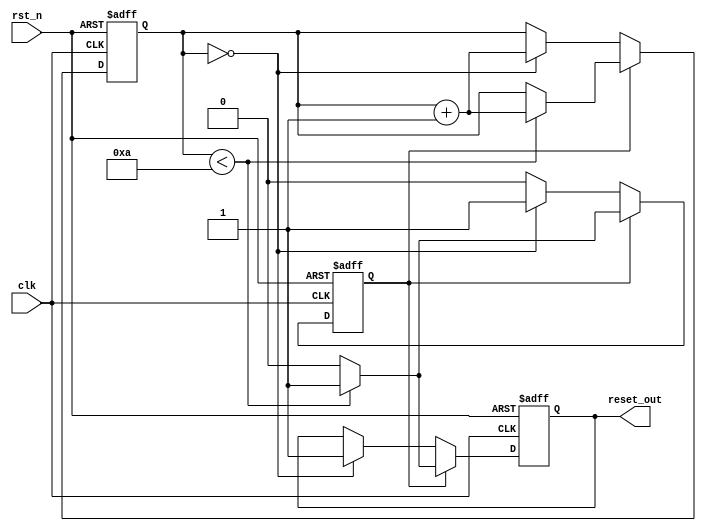
module power_on_reset (
    input wire clk,          // Clock signal
    input wire rst_n,       // Active-low external reset signal
    output reg reset_out     // Output reset signal
);

    // Parameters
    parameter RESET_DURATION = 10; // Duration for power-on reset in clock cycles

    // Internal signal to track the counter
    reg [3:0] counter; // Counter to track clock cycles
    reg por_active;    // Flag to indicate if power-on reset is active

    // Synchronous logic for reset generation
    always @(posedge clk or negedge rst_n) begin
        if (!rst_n) begin
            // If external reset is asserted, assert reset_out
            reset_out <= 1'b1;
            counter <= 0;
            por_active <= 1'b0; // Disable power-on reset
        end else if (por_active) begin
            if (counter < RESET_DURATION) begin
                counter <= counter + 1;
                reset_out <= 1'b1; // Keep reset_out asserted during counter
            end else begin
                reset_out <= 1'b0; // De-assert reset_out after duration
                por_active <= 1'b0; // Disable power-on reset
            end
        end else begin
            // If not in power-on reset, check if it is the first clock after power-up
            if (counter == 0) begin
                reset_out <= 1'b1; // Assert reset_out on first clock
                por_active <= 1'b1; // Enable power-on reset
                counter <= counter + 1;
            end
        end
    end

    // Initial block to initialize the counter
    initial begin
        reset_out = 1'b1; // Assert reset_out initially
        counter = 0;      // Initialize counter
        por_active = 1'b1; // Start in power-on reset mode
    end

endmodule